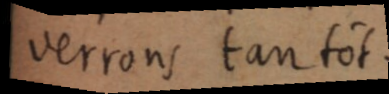
Verrons tantôt.